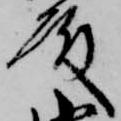
殿